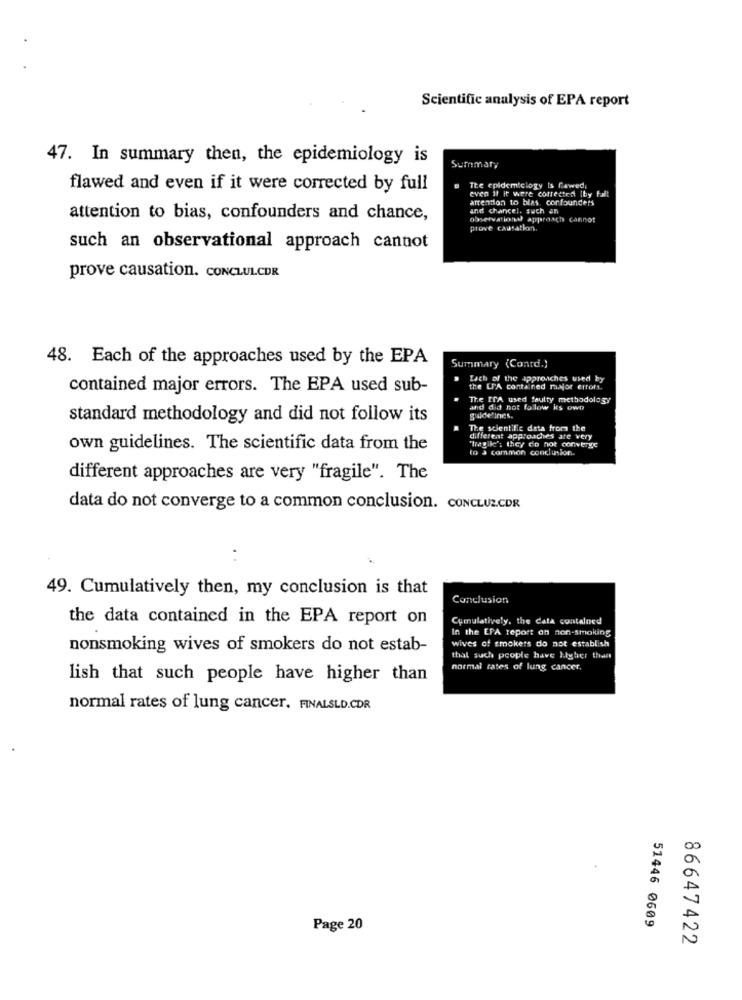
Scientific analysis of EPA report
47. In summary then, the epidemiology is
Summary
flawed and even if it were corrected by full
The epidemiclogy Is Cawed,
even if it were collected (by falt
attention to blas. corfounders
and chancel. such an
attention to bias, confounders and chance,
observationd approach cannot
prove causation.
such an observational approach cannot
prove causation. CONCLULCDR
48. Each of the approaches used by the EPA
Summary (Conrd.)
Lach of the approaches used by
contained major errors. The EPA used sub-
the L'A contained maafor errors.
The ITA used faulty methodology
and did not folow ks own
standard methodology and did not follow its
guidelines.
The scientific data from the
different approaches ate very
"Tragike'; they do not converye
own guidelines. The scientific data from the
to a common conclinion.
different approaches are very "fragile". The
data do not converge to a common conclusion. CONCLUZCDR
49. Cumulatively then, my conclusion is that
Conclusion
the data contained in the EPA report on
Cumulatively, the Cata contained
In the EPA report on non-smoking
wives of smokers do not establish
nonsmoking wives of smokers do not estab-
that such people have Higher than
normal rates of lung cancer,
lish that such people have higher than
normal rates of lung cancer. FINALSLD.CDR
51446 0609
Page 20
86647422